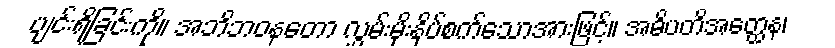
ပျင်းရိခြင်းကို။ အဘိဘဝနတော လွှမ်းမိုးနှိပ်စက်သောအားဖြင့်။ အဓိပတိအတ္ထေန၊